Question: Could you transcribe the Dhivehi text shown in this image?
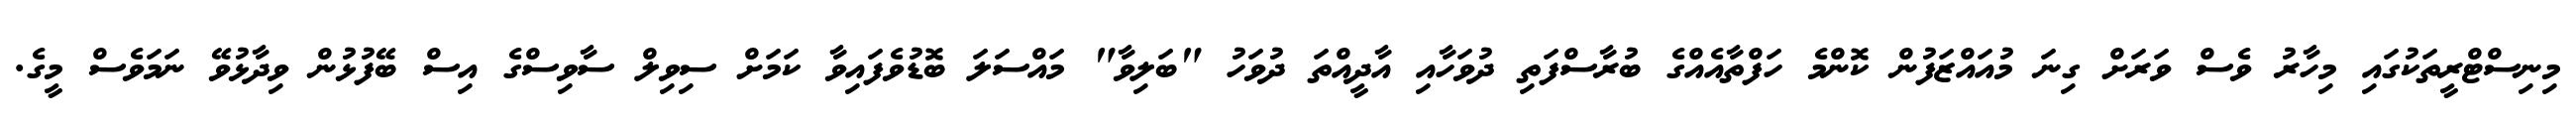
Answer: މިނިސްޓްރީތަކުގައި މިހާރު ވެސް ވަރަށް ގިނަ މުއައްޒަފުން ކޮންމެ ހަފްތާއެއްގެ ބުރާސްފަތި ދުވަހާއި އާދީއްތަ ދުވަހު "ބަލިވާ" މައްސަލަ ބޮޑުވެފައިވާ ކަމަށް ސިވިލް ސާވިސްގެ އިސް ބޭފުޅުން ވިދާޅުވޭ ނަމަވެސް މީގެ.